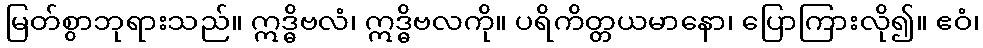
မြတ်စွာဘုရားသည်။ ဣဒ္ဓိဗလံ၊ ဣဒ္ဓိဗလကို။ ပရိကိတ္တယမာနော၊ ပြောကြားလို၍။ ဧဝံ၊